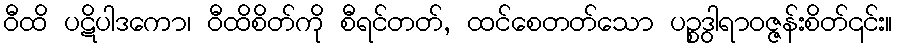
ဝီထိ ပဋိပါဒကော၊ ဝီထိစိတ်ကို စီရင်တတ်, ထင်စေတတ်သော ပဉ္စဒွါရာဝဇ္ဇန်းစိတ်၎င်း။